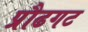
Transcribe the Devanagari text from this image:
प्रौढगट